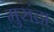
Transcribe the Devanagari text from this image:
मुसंद्रा